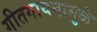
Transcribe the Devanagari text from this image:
गीतगायनामुळे